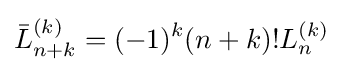
{\bar {L}}_{n+k}^{(k)}=(-1)^{k}(n+k)!L_{n}^{(k)}